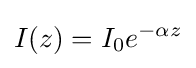
I(z)=I_{0}e^{-\alpha z}